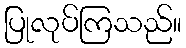
ပြုလုပ်ကြသည်။